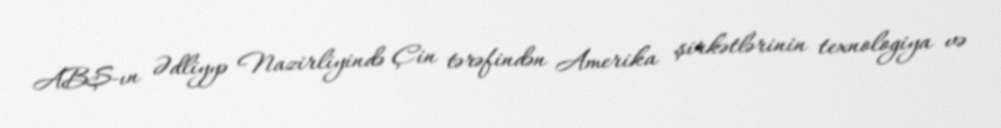
ABŞ-ın Ədliyyə Nazirliyində Çin tərəfindən Amerika şirkətlərinin texnologiya və